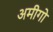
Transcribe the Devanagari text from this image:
अमीगो